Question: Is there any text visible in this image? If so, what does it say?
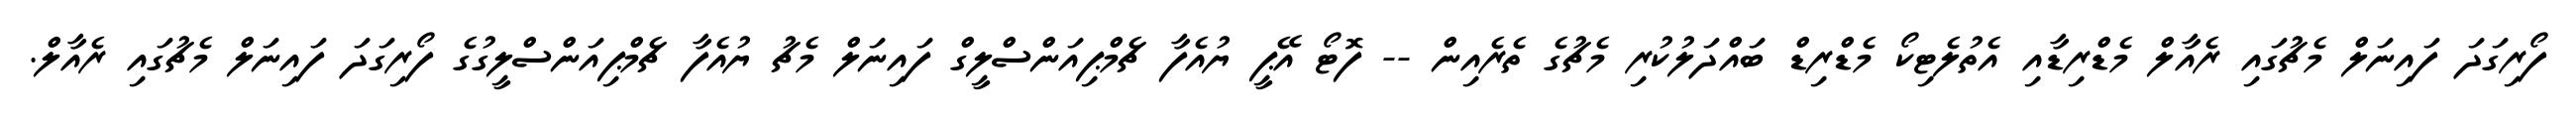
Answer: ފޯރިގަދަ ފައިނަލް މެޗުގައި ރެއާލް މެޑްރިޑާއި އެތުލެޓިކޯ މެޑްރިޑް ބައްދަލުކުރި މެޗުގެ ތެރެއިން -- ފޮޓޯ އޭޕީ ޔުއެފާ ޗެމްޕިއަންސްލީގް ފައިނަލް މެޗު ޔުއެފާ ޗެމްޕިއަންސްލީގުގެ ފޯރިގަދަ ފައިނަލް މެޗުގައި ރެއާލް.